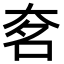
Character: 㚚